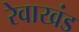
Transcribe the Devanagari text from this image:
रेवाखंड